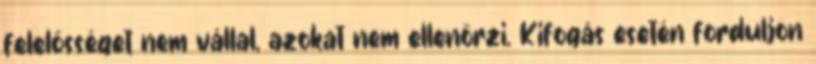
felelősséget nem vállal, azokat nem ellenőrzi. Kifogás esetén forduljon